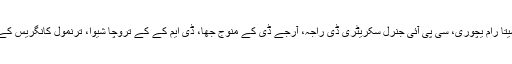
اپوزیشن لیڈروں کے اس وفد میں سی پی ایم جنرل سکریٹری سیتا رام یچوری، سی پی آئی جنرل سکریٹری ڈی راجہ، آرجے ڈی کے منوج جھا، ڈی ایم کے کے تروچا شیوا، ترنمول کانگریس کے دنیش ترویدی اورکچھ دیگرجماعتوں کے لیڈرشامل ہوں گے۔